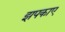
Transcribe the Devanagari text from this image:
झपकाए